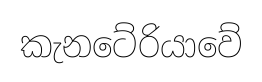
කැනටේරියාවේ